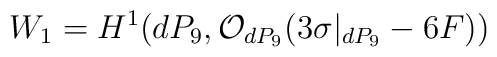
W_1 = H^{1}(dP_9, {\cal O}_{dP_9}(3 \sigma|_{dP_9} -6F))